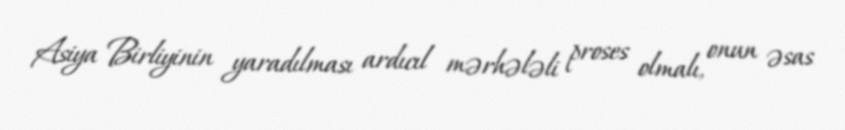
Asiya Birliyinin yaradılması ardıcıl mərhələli proses olmalı, onun əsas